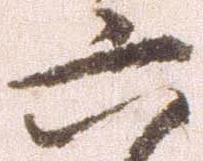
六